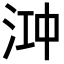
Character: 𬇧